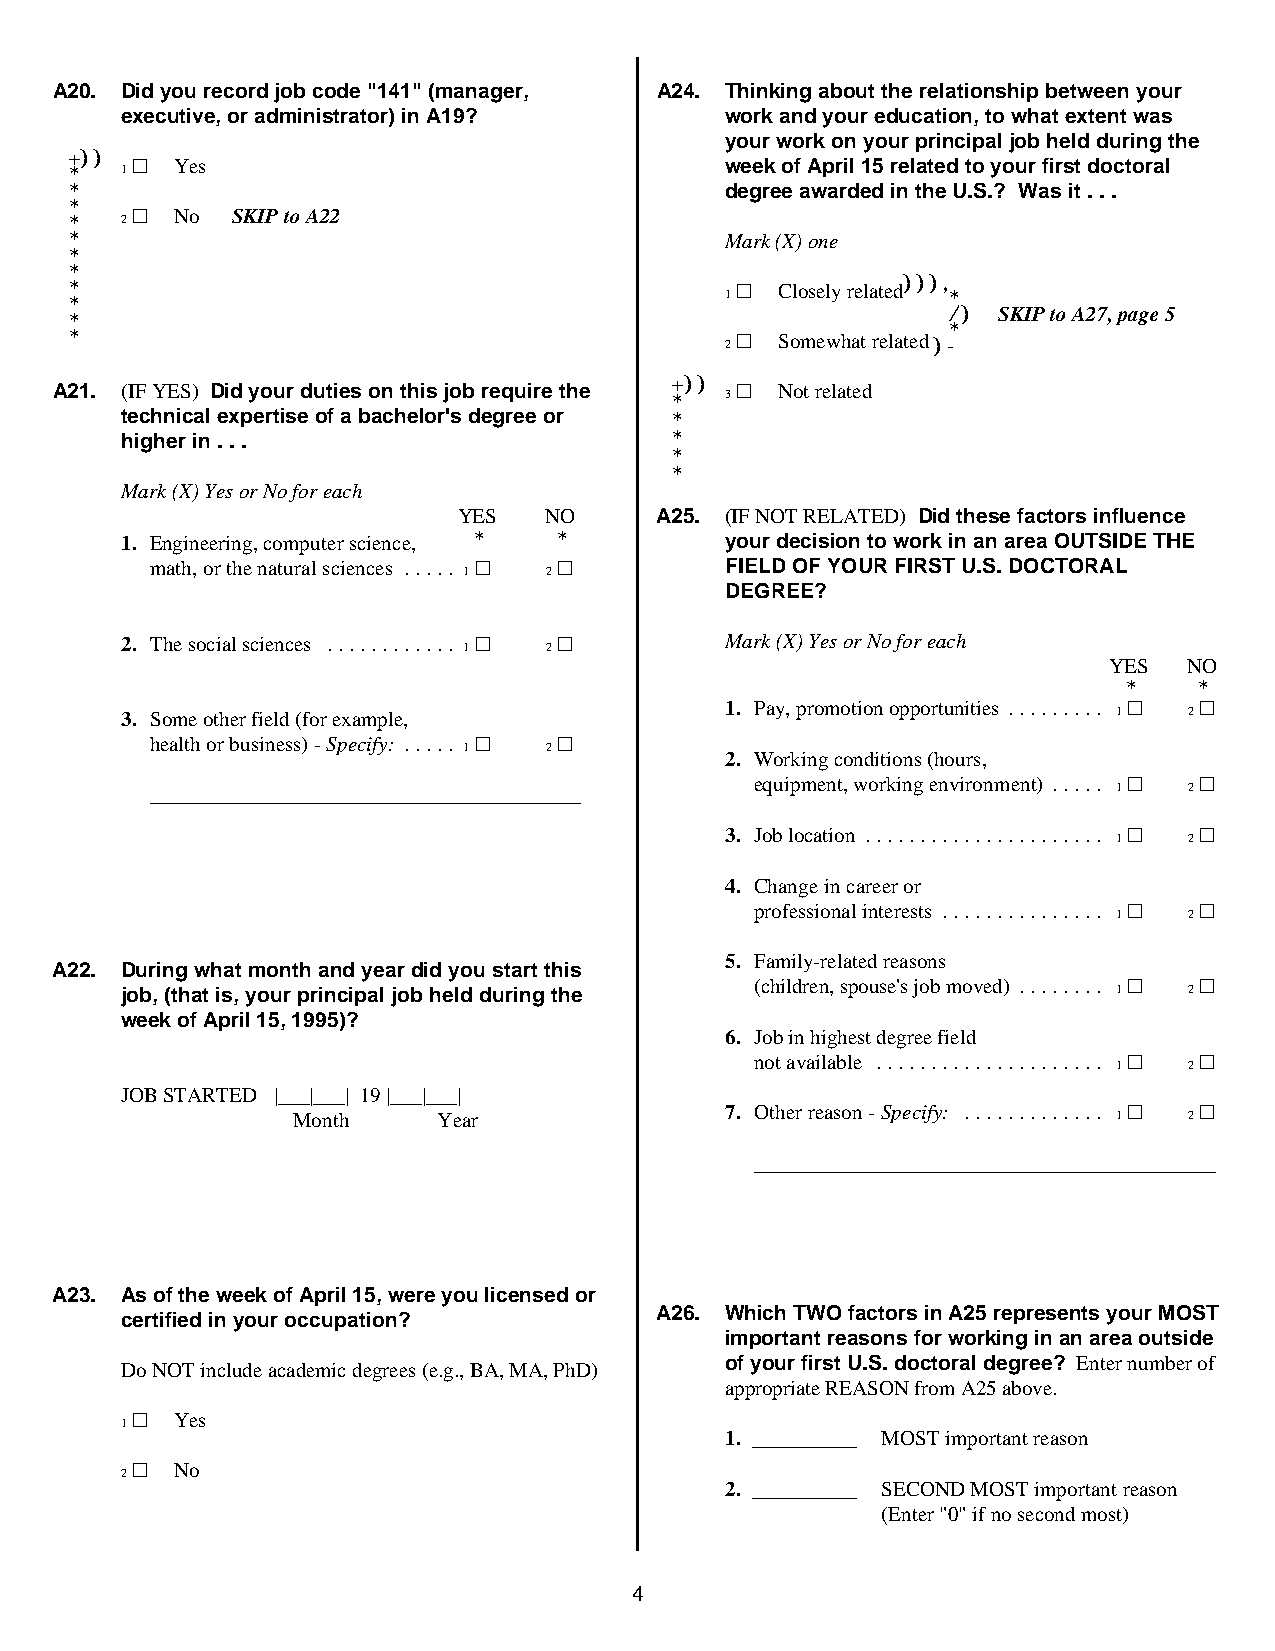
A20. Did you record job code "141" (manager, A24. Thinking about the relationship between your
 executive, or administrator) in A19?    work and your education, to what extent was
 your work on your principal job held during the
 + *)) 1 ~ Yes                               week of April 15 related to your first doctoral
 *                                           degree awarded in the U.S.? Was it . . .
 *
 *   2 ~ No YY SKIP to A22
 *                                           Mark (X) one
 *
 *
 * *
 *
 *?
 1
 2
 ~
 ~
 C Solo mse el wy
 h
 r ae tl a rt ee ld at) e) d) ), -* /
 *
 )< SKIP to A27, page 5
 A21. (IF YES) Did your duties on this job require the + *)) 3 ~ Not related
 technical expertise of a bachelor's degree or *
 higher in . . .                     *
 *
 *?
 Mark (X) Yes or No for each
 YES   NO     A25. (IF NOT RELATED) Did these factors influence
 1. Engineering, computer science, *? *? your decision to work in an area OUTSIDE THE
 math, or the natural sciences ..... 1 ~ 2 ~ FIELD OF YOUR FIRST U.S. DOCTORAL
 DEGREE?
 2. The social sciences ............ 1 ~ 2 ~ Mark (X) Yes or No for each
 YES   NO
 *?  *?
 3. Some other field (for example,       1. Pay, promotion opportunities ......... 1 ~ 2 ~
 health or business) - Specify: ..... 1 ~ 2 ~
 2. Working conditions (hours,
 _________________________________________ equipment, working environment) ..... 1 ~ 2 ~
 3. Job location ...................... 1 ~ 2 ~
 4. Change in career or
 professional interests ............... 1 ~ 2 ~
 5. Family-related reasons
 A22. During what month and year did you start this
 job, (that is, your principal job held during the (children, spouse's job moved) ........ 1 ~ 2 ~
 week of April 15, 1995)?
 6. Job in highest degree field
 not available ..................... 1 ~ 2 ~
 JOB STARTED |___|___| 19 |___|___|
 Month     Year               7. Other reason - Specify: ............. 1 ~ 2 ~
 ____________________________________________
 A23. As of the week of April 15, were you licensed or
 A26. Which TWO factors in A25 represents your MOST
 certified in your occupation?
 important reasons for working in an area outside
 of your first U.S. doctoral degree? Enter number of
 Do NOT include academic degrees (e.g., BA, MA, PhD)
 appropriate REASON from A25 above.
 1 ~ Yes
 1. __________ MOST important reason
 2 ~ No
 2. __________ SECOND MOST important reason
 (Enter "0" if no second most)
 4